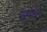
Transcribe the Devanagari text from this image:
स्रग्ध